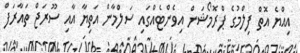
އިއްޔެ އޮތް ފިލްމުގެ ޕްރޮމޯޝަން އިވެންޓެއްގައި ސަލްމާން އަތިޔާ އާއި ސޫރަޖް ތައާރަފް